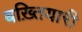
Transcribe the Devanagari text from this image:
बख़्तियारी